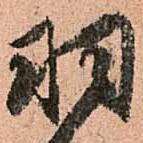
羽